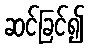
ဆင်ခြင်၍